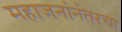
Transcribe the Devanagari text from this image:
महाजनांनंतरचा